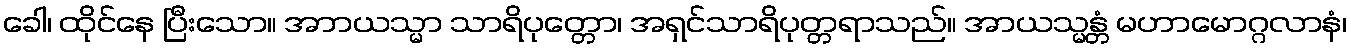
ခေါ၊ ထိုင်နေ ပြီးသော။ အာာယသ္မာ သာရိပုတ္တော၊ အရှင်သာရိပုတ္တရာသည်။ အာယသ္မန္တံ မဟာမောဂ္ဂလာနံ၊